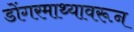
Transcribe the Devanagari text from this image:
डोंगरमाथ्यावरून